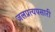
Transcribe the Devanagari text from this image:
जलप्रत्यपसारी